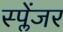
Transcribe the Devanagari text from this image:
स्प्लेंजर